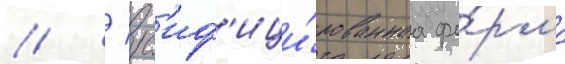
// / рус'иф'ици́рованнаа фо́рма